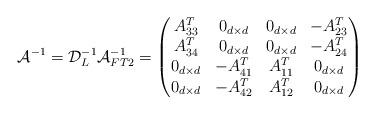
LaTeX: \begin{align*} \mathcal{A}^{-1}=\mathcal{D}_L^{-1}\mathcal{A}_{FT2}^{-1}=\begin{pmatrix}A_{33}^T & 0_{d\times d} & 0_{d\times d} & -A_{23}^T\\A_{34}^T & 0_{d\times d} & 0_{d\times d} & -A_{24}^T\\0_{d\times d} & -A_{41}^T & A_{11}^T & 0_{d\times d}\\0_{d\times d} & -A_{42}^T & A_{12}^T & 0_{d\times d}\end{pmatrix}\end{align*}